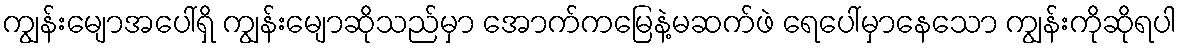
ကျွန်းမျောအပေါ်ရှိ ကျွန်းမျောဆိုသည်မှာ အောက်ကမြေနဲ့မဆက်ဖဲ ရေပေါ်မှာနေသော ကျွန်းကိုဆိုရပါ